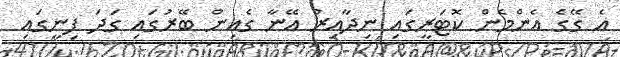
އެ ގޭގެ އެންމެން ކޮޓަރީގައި ނިދާއިރު އޭނާ ގެއިން ބޭރުގައި ގަދަ ފިނީގައި